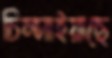
চিম্‌সাইয়াছে